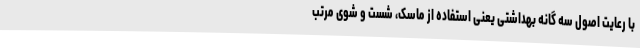
با رعایت اصول سه گانه بهداشتی یعنی استفاده از ماسک، شست و شوی مرتب